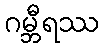
ဂမ္ဘီရဿ